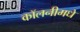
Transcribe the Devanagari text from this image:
कॉलनीमधे